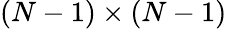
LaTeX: (N-1)\times(N-1)